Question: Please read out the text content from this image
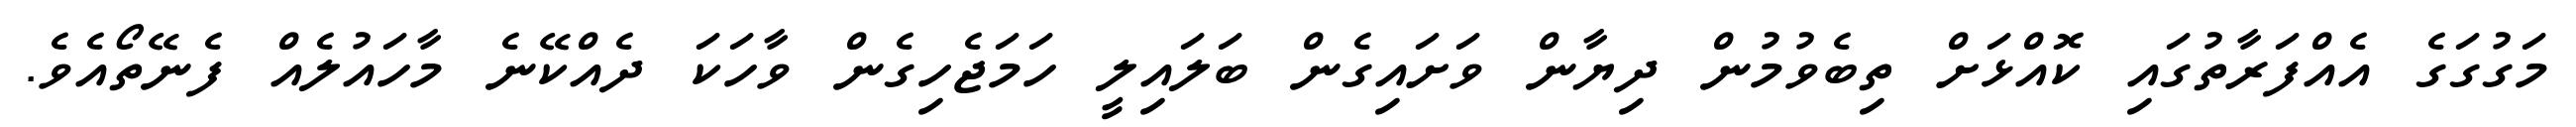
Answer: މަގުގަގެ އެއްފަރާތުގައި ކޮއްޅަށް ތިބެވުމުން ދިޔާން ވަށައިގެން ބަލައިލީ ހަމަޖެހިގެން ވާހަކަ ދެއްކޭނެ މާހައުލެއް ފެނޭތޯއެވެ.